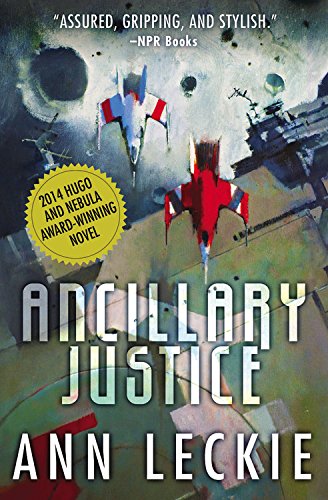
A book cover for Ancillary Justice (Imperial Radch); Ann Leckie; Science Fiction & Fantasy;